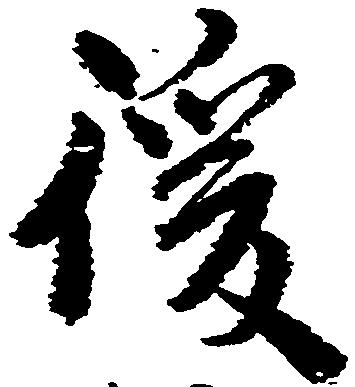
後